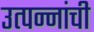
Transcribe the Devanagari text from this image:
उत्पन्नांची